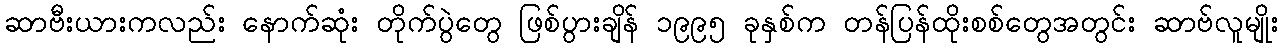
ဆာဗီးယားကလည်း နောက်ဆုံး တိုက်ပွဲတွေ ဖြစ်ပွားချိန် ၁၉၉၅ ခုနှစ်က တန်ပြန်ထိုးစစ်တွေအတွင်း ဆာဗ်လူမျိုး